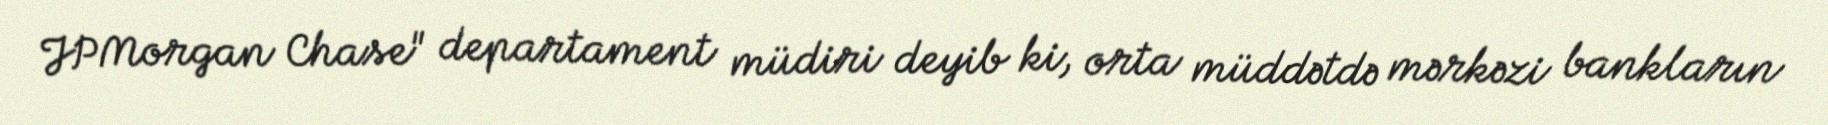
JPMorgan Chase" departament müdiri deyib ki, orta müddətdə mərkəzi bankların